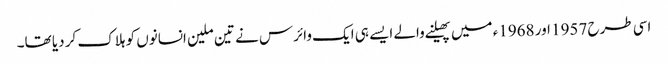
اسی طرح 1957 اور 1968ء میں پھیلنے والے ایسے ہی ایک وائرس نے تین ملین انسانوں کو ہلاک کر دیا تھا۔